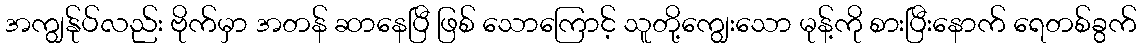
အကျွန်ုပ်လည်း ဗိုက်မှာ အတန် ဆာနေပြီ ဖြစ် သောကြောင့် သူတို့ကျွေးသော မုန့်ကို စားပြီးနောက် ရေတစ်ခွက်